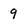
Character: 9